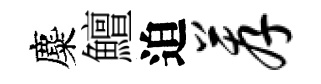
麋鱣迫荐